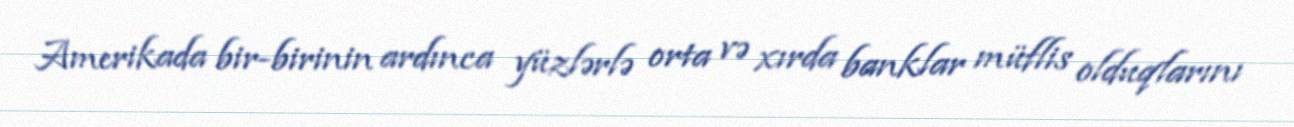
Amerikada bir-birinin ardınca yüzlərlə orta və xırda banklar müflis olduqlarını